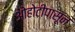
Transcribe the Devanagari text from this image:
ओहोटीपासून